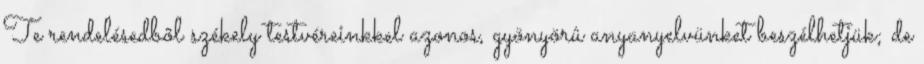
Te rendelésedbõl székely testvéreinkkel azonos, gyönyörû anyanyelvünket beszélhetjük; de